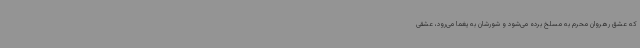
که عشق رهروان محرم به مسلخ برده می‌شود و شورشان به یغما می‌رود، عشقی